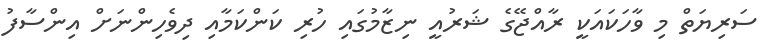
ސަރިޔަތް މި ވާހަކައަކީ ރާއްޖޭގެ ޝަރުއީ ނިޒާމުގައި ހުރި ކަންކަމާއި ދިވެހިންނަށް އިންސާފު